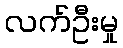
လက်ဦးမှု